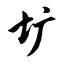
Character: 圹